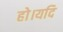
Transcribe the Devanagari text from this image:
हो।यदि